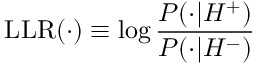
\mathrm { L L R } ( \cdot ) \equiv \log \frac { P ( \cdot | { H ^ { + } } ) } { P ( \cdot | { H ^ { - } } ) }